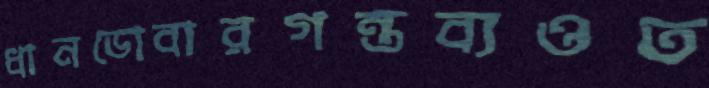
ধানডোবারগন্তব্যওত